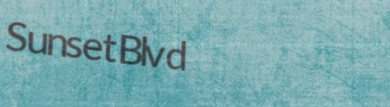
SunsetBlvd